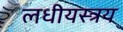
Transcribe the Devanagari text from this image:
लधीयस्त्रय